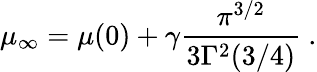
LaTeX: \mu_{\infty}=\mu(0)+\gamma\frac{\pi^{3/2}}{3\Gamma^{2}(3/4)}\ .